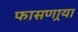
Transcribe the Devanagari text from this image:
फासणार्‍या